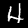
Label: 4